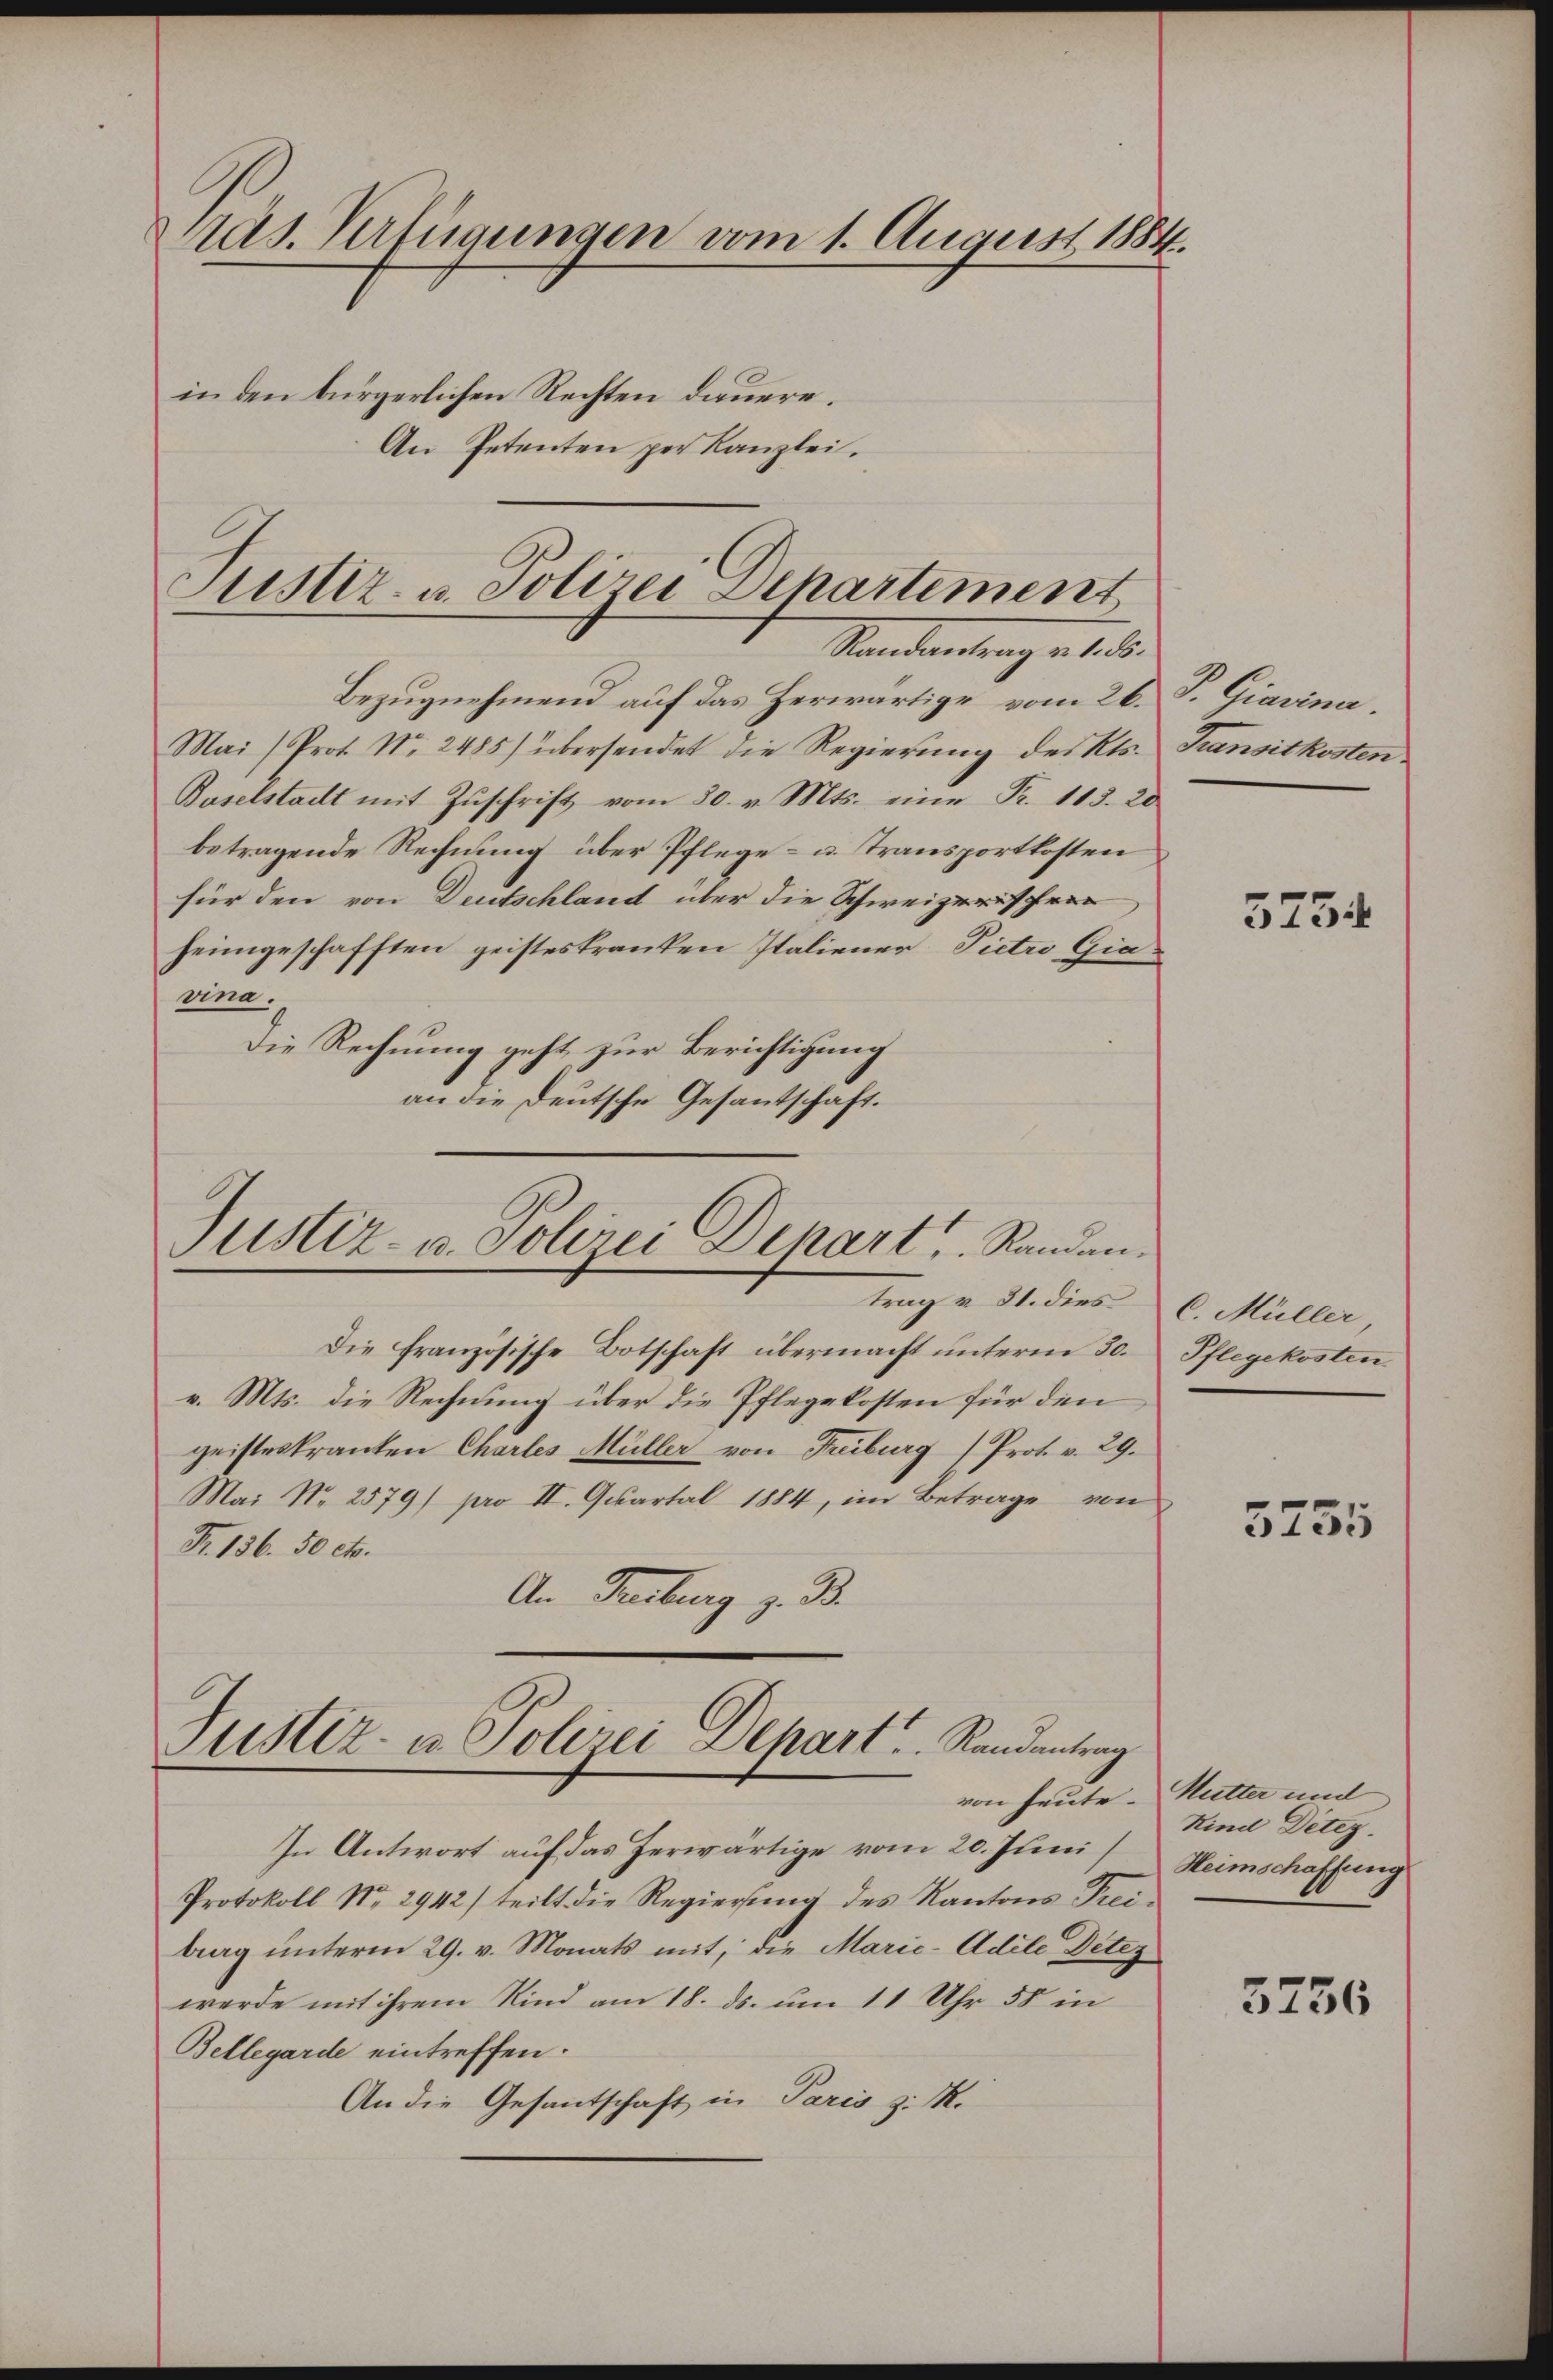
Pras. Verfügungen vom 1. August 1884.
in den bürgerlichen Rechten dauere.
An Petenten per Kanzlei.

Justiz- u. Polizei Departement
Standeantrag d. d.

Bezugnehmend auf das Herwärtige vom 26. S. Giavina
Mai/Prot. Nr. 2485) übersendet die Regierŭng des Kts. Transitkosten
Baselstadt mit Zŭschrift vom 30. v. Mts. eine Fr. 113. 20.
betragende Rechnung über Pflege- u. Transportkosten
für den von Deutschland über die Schweizerischen
heimgeschafften geisteskranken Italiener Pietro Giarine
Die Rechnung geht zur Berichtigung
an die Deutsche Gesantschaft.

Justiz- u. Polizei Depart, Randantrag v. 31. dies C. Müller

Justiz- u. Polizei Depart. Randantrag

Die französische Botschaft übermacht unterm 30.
v. Mts. die Rechnung über die Pflegekosten für den
geisteskranten Chartes Müller von Freiburg (Prot. v. 29.
Mai Nr. 2579) pro II. Quartal 1884, im Betrage von
Fr. 136. 50 ct.
An Freiburg z. B.

In Antwort auf das herwärtige vom 20. Juni / Heimschaffung
Protokoll No 2942) teilt die Regierŭng des Kantons Trei-
brag unterm 29. v. Monats mit, die Marie-Adele Detez
werde mit ihrem Kind am 18. ds. um 11 Uhr 58 in
Bellegarde eintreffen.
An die Gesantschaft in Paris z. R.

3754

Pflegekosten.

5735

von heute Mutter und
Kind Detez.

3756